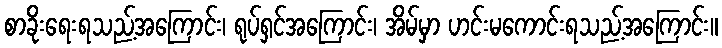
စာခိုးရေးရသည့်အကြောင်း၊ ရုပ်ရှင်အကြောင်း၊ အိမ်မှာ ဟင်းမကောင်းရသည့်အကြောင်း။